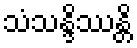
သံသန္ဒိဿန္တိ